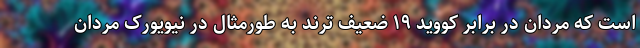
است که مردان در برابر کووید ۱۹ ضعیف ترند به طورمثال در نیویورک مردان